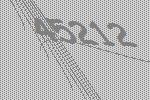
45212